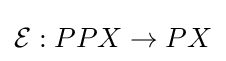
{\mathcal {E}}:PPX\to PX